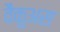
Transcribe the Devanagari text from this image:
वैकुअस